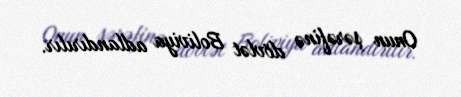
Onun şərəfinə dövlət Boliviya adlandırılır.